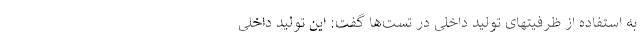
به استفاده از ظرفیتهای تولید داخلی در تست‌ها گفت: این تولید داخلی